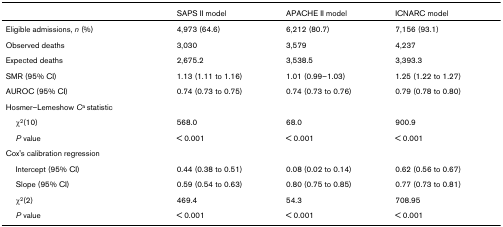
|  | SAPS II model | APACHE II model | ICNARC model |
 | --- | --- | --- | --- |
 | Eligible admissions, n (%) | 4,973 (64.6) | 6,212 (80.7) | 7,156 (93.1) |
 | Observed deaths | 3,030 | 3,579 | 4,237 |
 | Expected deaths | 2,675.2 | 3,538.5 | 3,393.3 |
 | SMR (95% CI) | 1.13 (1.11 to 1.16) | 1.01 (0.99–1.03) | 1.25 (1.22 to 1.27) |
 | AUROC (95% CI) | 0.74 (0.73 to 0.75) | 0.74 (0.73 to 0.76) | 0.79 (0.78 to 0.80) |
 | Hosmer–Lemeshow Ca statistic |  |  |  |
 | χ2(10) | 568.0 | 68.0 | 900.9 |
 | P value | < 0.001 | < 0.001 | < 0.001 |
 | Cox's calibration regression |  |  |  |
 | Intercept (95% CI) | 0.44 (0.38 to 0.51) | 0.08 (0.02 to 0.14) | 0.62 (0.56 to 0.67) |
 | Slope (95% CI) | 0.59 (0.54 to 0.63) | 0.80 (0.75 to 0.85) | 0.77 (0.73 to 0.81) |
 | χ2(2) | 469.4 | 54.3 | 708.95 |
 | P value | < 0.001 | < 0.001 | < 0.001 |